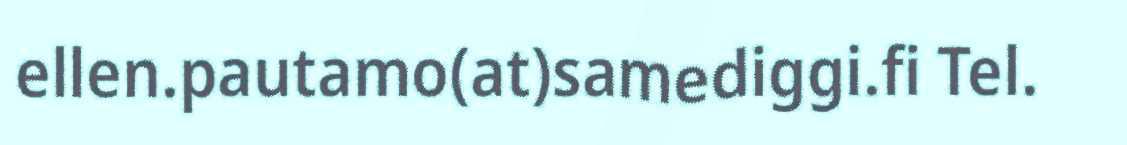
ellen.pautamo(at)samediggi.fi Tel.